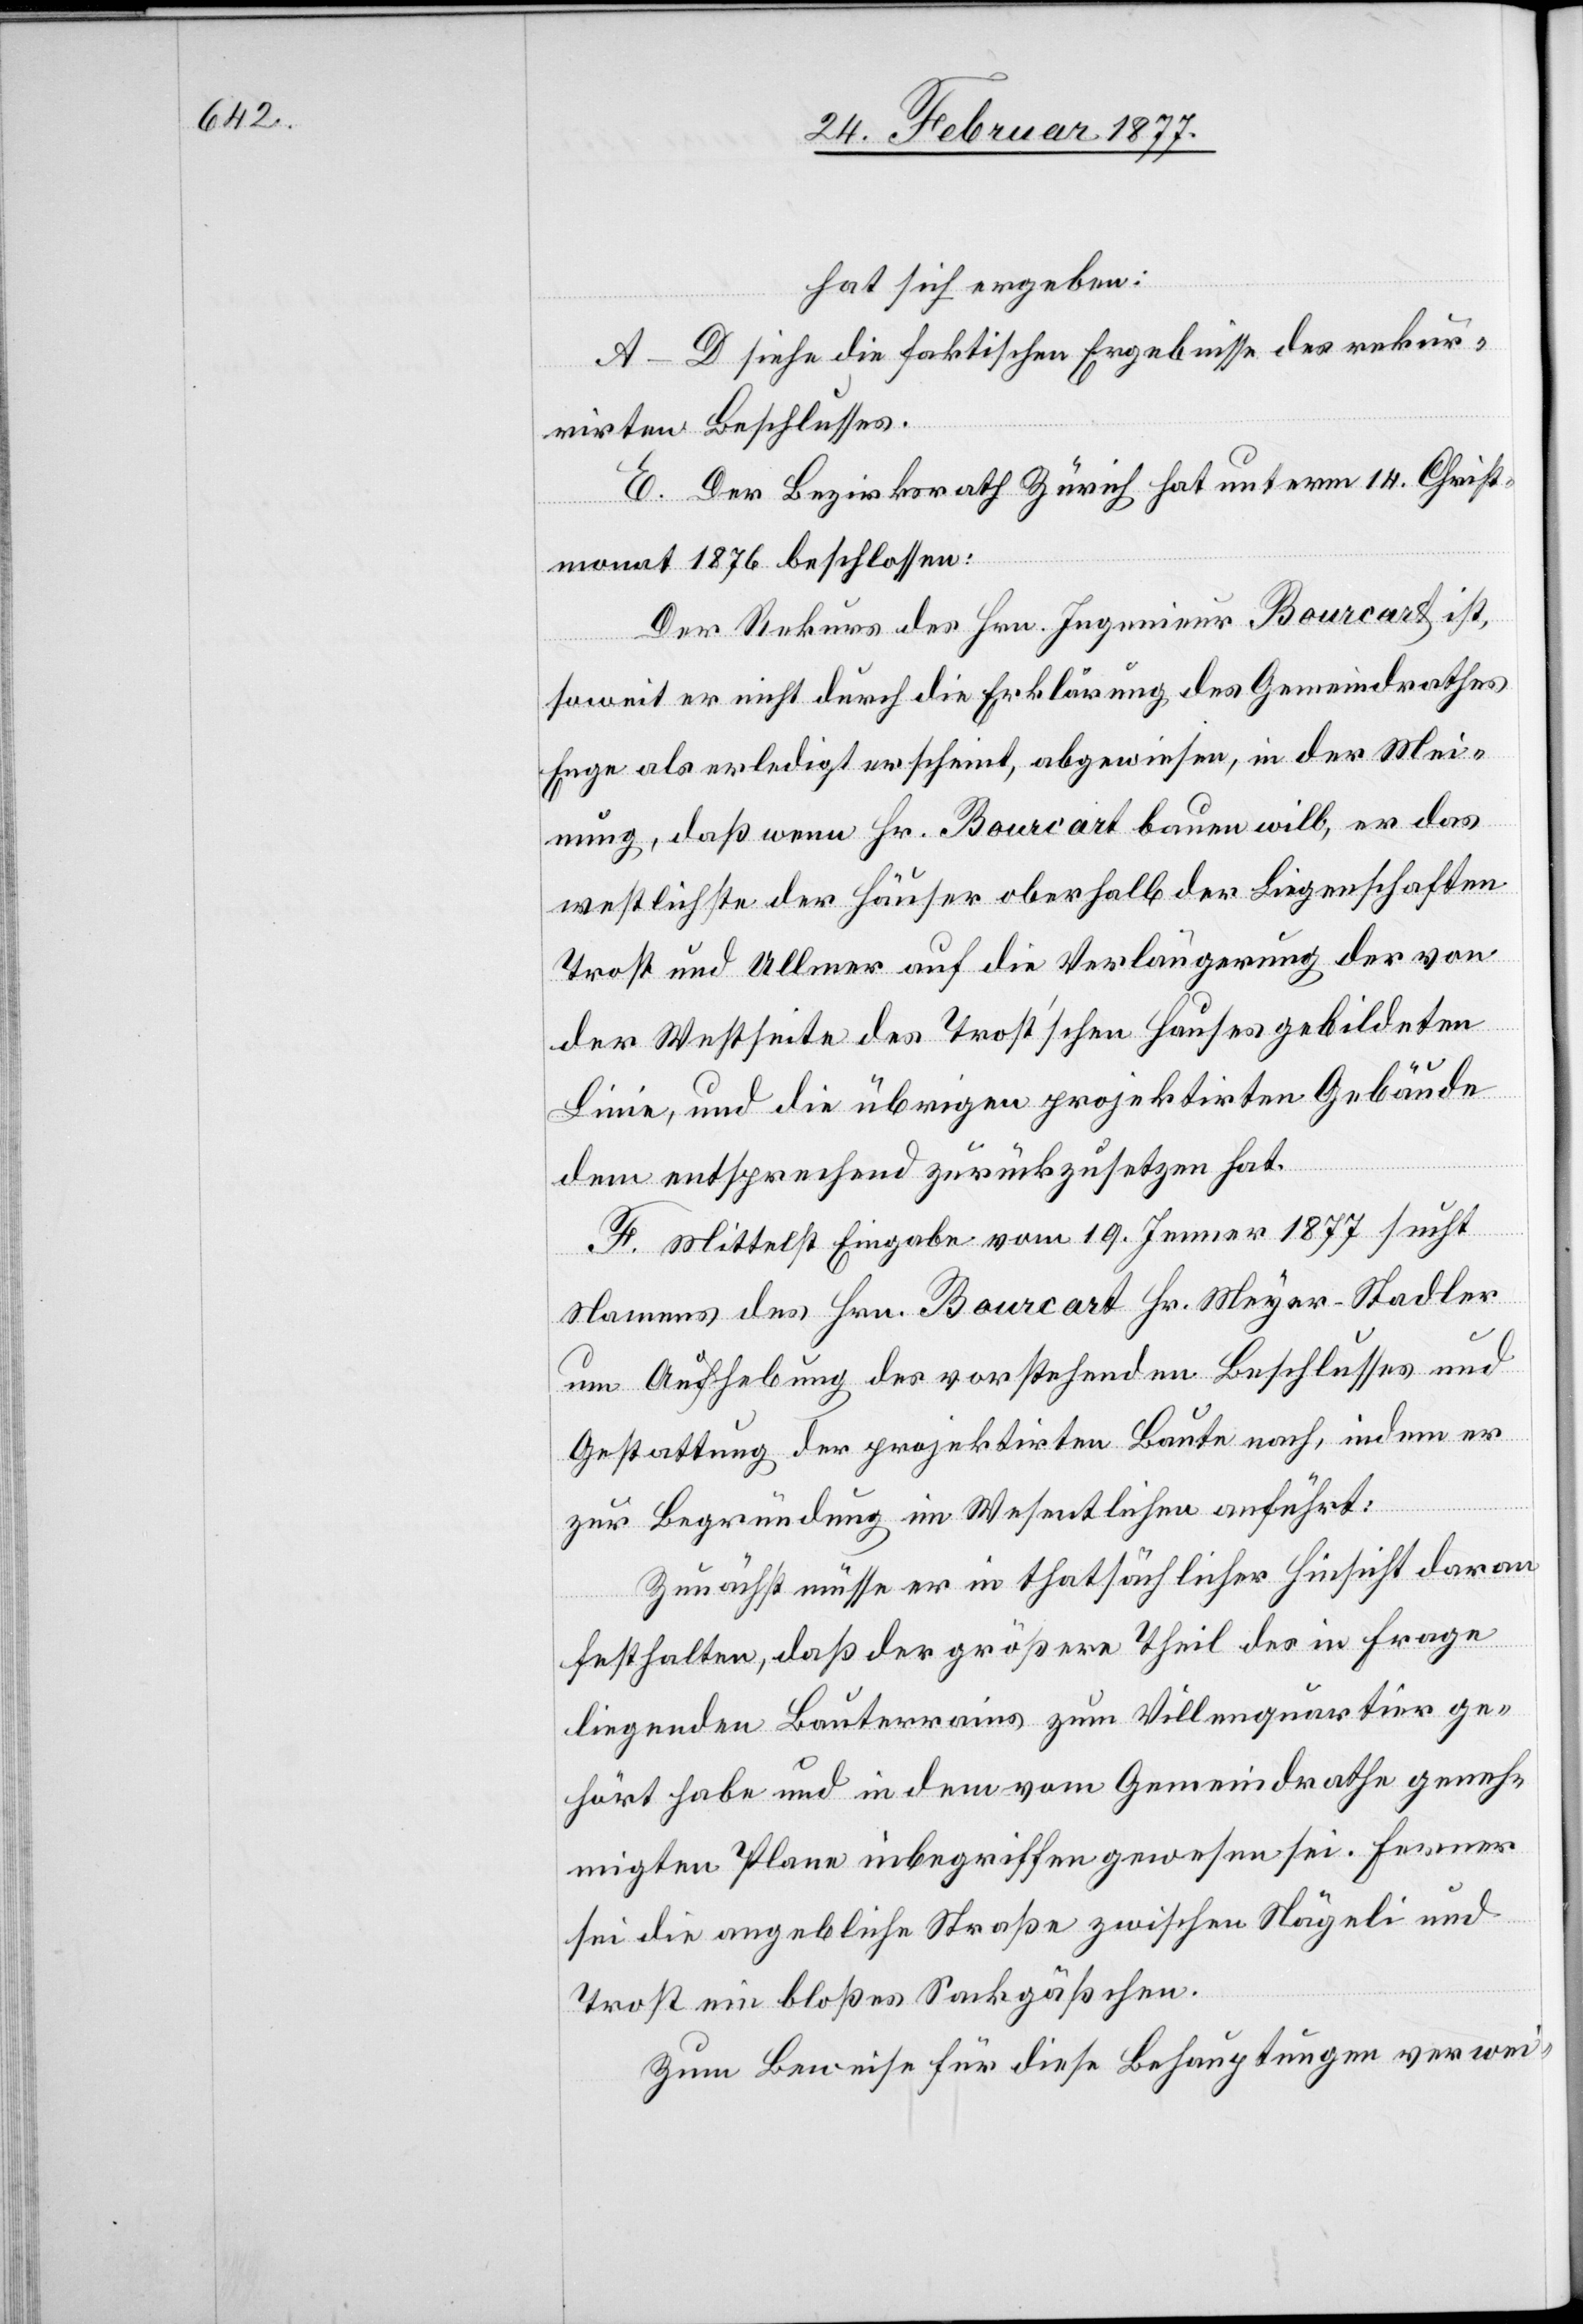
hat sich ergeben:
A–D siehe die faktischen Ergebnisse des rekur¬
rirten Beschlusses.
E. Der Bezirksrath Zürich hat unterm 14. Christ¬
monat 1876 beschlossen:
Der Rekurs des Hrn. Ingenieur Bourcart ist,
soweit er nicht durch die Erklärung des Gemeindrathes
Enge als erledigt erscheint, abgewiesen, in der Mei¬
nung, daß wenn Hr. Bourcart bauen will, er das
westlichste der Häuser oberhalb der Liegenschaften
Trost und Ullmer auf die Verlängerung der von
der Westseite des Trost’schen Hauses gebildeten
Linie, und die übrigen projektirten Gebäude
dem entsprechend zurückzusetzen hat.
F. Mittelst Eingabe vom 19. Jenner 1877 sucht
Namens der Hrn. Bourcart Hr. Meyer-Stadler
um Aufhebung des vorstehenden Beschlusses und
Gestattung der projektirten Baute nach, indem er
zur Begründung im Wesentlichen anführt:
Zunächst müsse er in thatsächlicher Hinsicht daran
festhalten, daß der größere Theil des in Frage
liegenden Bauterrains zum Villenquartier ge¬
hört habe und in dem vom Gemeindrathe geneh¬
migten Plane inbegriffen gewesen sei. Ferner
sei die angebliche Straße zwischen Nägeli und
Trost ein bloßes Sackgäßchen.
Zum Beweise für diese Behauptungen verwei-